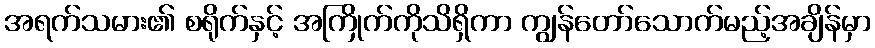
အရက်သမား၏ စရိုက်နှင့် အကြိုက်ကိုသိရှိကာ ကျွန်တော်သောက်မည့်အချိန်မှာ